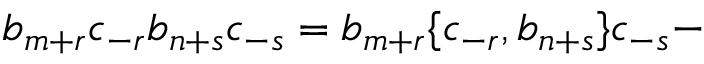
b _ { m + r } c _ { - r } b _ { n + s } c _ { - s } = b _ { m + r } \lbrace c _ { - r } , b _ { n + s } \rbrace c _ { - s } -